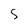
Character: S